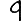
Digit: 9